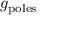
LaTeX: g _ { \mathrm { p o l e s } }